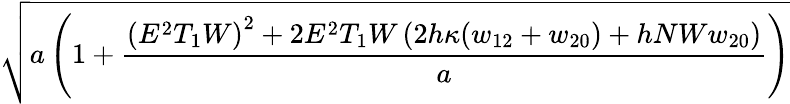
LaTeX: \sqrt{a\left(1+\frac{\left(E^{2}T_{1}W\right)^{2}+2E^{2}T_{1}W\left(2h\kappa(w_{12}+w_{20})+hNWw_{20}\right)}{a}\right)}